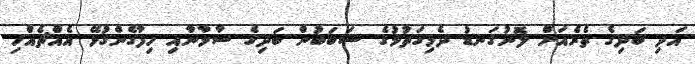
އަދި ބަދިގެ ތެރެއަށް ލޮނުގަނޑު ދެމިގަތުމުގެ ސަބަބުން ބަދިގެ ސާމާނާއި ހިފާގެންގުޅޭ އެއްޗެއްހި